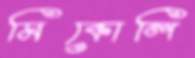
মিকোলি